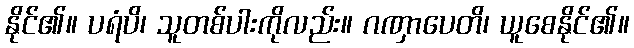
နိုင်၏။ ပရံပိ၊ သူတစ်ပါးကိုလည်း။ ဂဏှာပေတိ၊ ယူစေနိုင်၏။